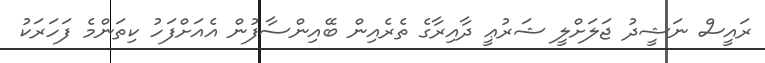
ރައީސް ނަޝީދު ޖަލަށްލީ ޝަރުޢީ ދާއިރާގެ ތެރެއިން ބޭއިންސާފުން އެއަށްފަހު ކިތަންމެ ފަހަރަކު